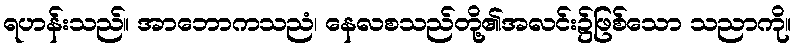
ရဟန်းသည်။ အာဘောကသညံ၊ နေလစသည်တို့၏အလင်း၌ဖြစ်သော သညာကို။